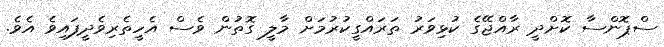
ސްޕޮންސާ ކޮށްދީ ރާއްޖޭގެ ކުޅިވަރު ތަރައްގީކުރުމަށް މާލީ ގޮތުން ވެސް އެހީތެރިވެދީފައިވެ އެވެ.